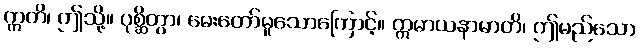
ဣတိ၊ ဤသို့။ ပုစ္ဆိတွာ၊ မေးတော်မူသောကြောင့်။ ဣမာယနာမာတိ၊ ဤမည်သော